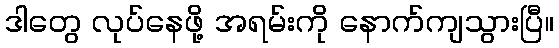
ဒါတွေ လုပ်နေဖို့ အရမ်းကို နောက်ကျသွားပြီ။